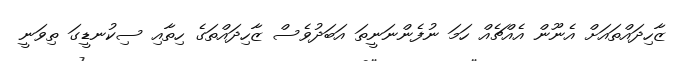
ޒާހިދައްތައަށް އެނޫން އެއްޗެއް ހަމަ ނުފެންނަނީތަ އަބަދުވެސް ޒާހިދައްތަގެ ހިތާއި ސިކުނޑީގަ ތިވަނީ